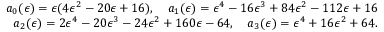
\begin{array} { r } { a _ { 0 } ( \epsilon ) = \epsilon ( 4 \epsilon ^ { 2 } - 2 0 \epsilon + 1 6 ) , \quad a _ { 1 } ( \epsilon ) = \epsilon ^ { 4 } - 1 6 \epsilon ^ { 3 } + 8 4 \epsilon ^ { 2 } - 1 1 2 \epsilon + 1 6 } \\ { a _ { 2 } ( \epsilon ) = 2 \epsilon ^ { 4 } - 2 0 \epsilon ^ { 3 } - 2 4 \epsilon ^ { 2 } + 1 6 0 \epsilon - 6 4 , \quad a _ { 3 } ( \epsilon ) = \epsilon ^ { 4 } + 1 6 \epsilon ^ { 2 } + 6 4 . } \end{array}